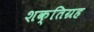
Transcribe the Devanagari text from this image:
शक्तिग्रह